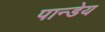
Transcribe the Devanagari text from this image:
पान्डेय